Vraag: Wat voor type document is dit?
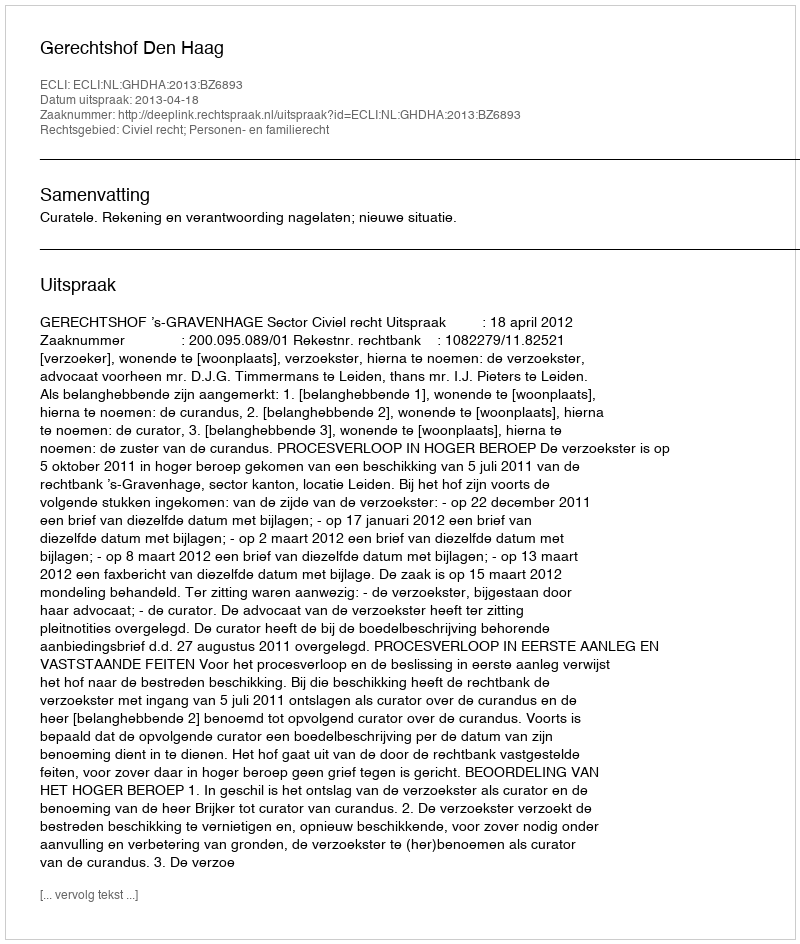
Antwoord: Uitspraak